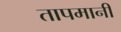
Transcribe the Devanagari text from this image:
तापमानी